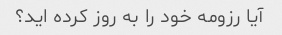
آیا رزومه خود را به روز کرده اید؟